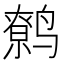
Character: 鹩